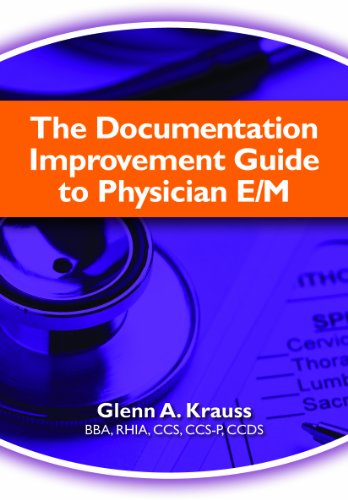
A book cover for The Documentation Improvement Guide to Physician E/M; HCPro; Medical Books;